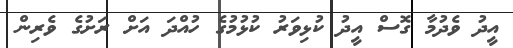
އީދު ވެދުމާ ގޮސް އީދު ކުޅިވަރު ކުޅުމުގެ ހުއްދަ އަށް ރަށުގެ ވެރިން